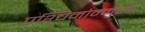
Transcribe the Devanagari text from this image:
पश्चिमोन्मुख